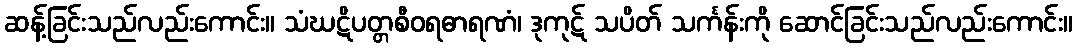
ဆန့်ခြင်းသည်လည်းကောင်း။ သံဃဋိပတ္တစီဝရဓာရဏံ၊ ဒုကုဋ် သပိတ် သင်္ကန်းကို ဆောင်ခြင်းသည်လည်းကောင်း။